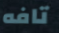
تافه